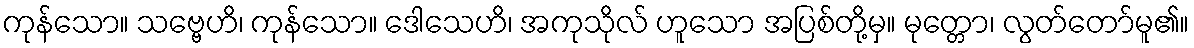
ကုန်သော။ သဗ္ဗေဟိ၊ ကုန်သော။ ဒေါသေဟိ၊ အကုသိုလ် ဟူသော အပြစ်တို့မှ။ မုတ္တော၊ လွတ်တော်မူ၏။